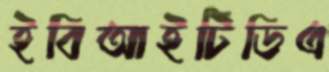
ইবিআইটিডিএ